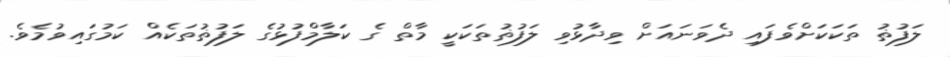
ލަފުޡު ތަކަކަށްވެފައި ދެވަނައަށް ވިދާޅުވި ލަފުޡުތަކަކީ މާތް ގެ ކަލާމްފުޅުގެ ލަފުޡުތަކެއް ކަމުގައިވުމެވެ.